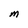
Character: M